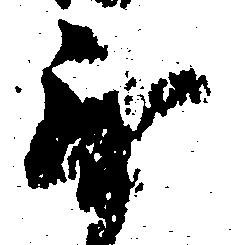
無